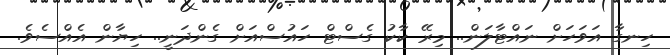
ހިނގާ އަވަހަށް ނައްޓާލަން.. މިރޭ ކާކު ގެސްޓް ހައުސްއަށް ގެންދަނީ.. ހިޔާން އެއްސެވެ.